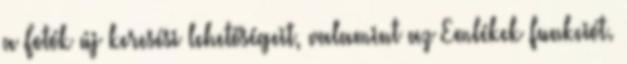
a Fotók új keresési lehetőségeit, valamint az Emlékek funkciót.